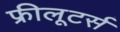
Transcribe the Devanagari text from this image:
फ्रीलूटर्स